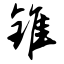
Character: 锥